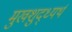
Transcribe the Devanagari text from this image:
मुखशुद्ध्यर्थ